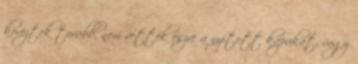
köröztek tovább, nem vették észre a nyitott kapukat, vagy